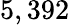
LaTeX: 5,392